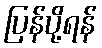
ပြန်ပို့ရန်